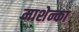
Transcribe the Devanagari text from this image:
माशेन्का